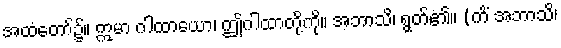
အထံတော်၌။ ဣမာ ဂါထာယော၊ ဤဂါထာတို့ကို။ အဘာသိ၊ ရွတ်၏။ (ကိံ အဘာသိ၊